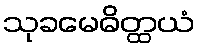
သုခမေဓိတ္ထယံ